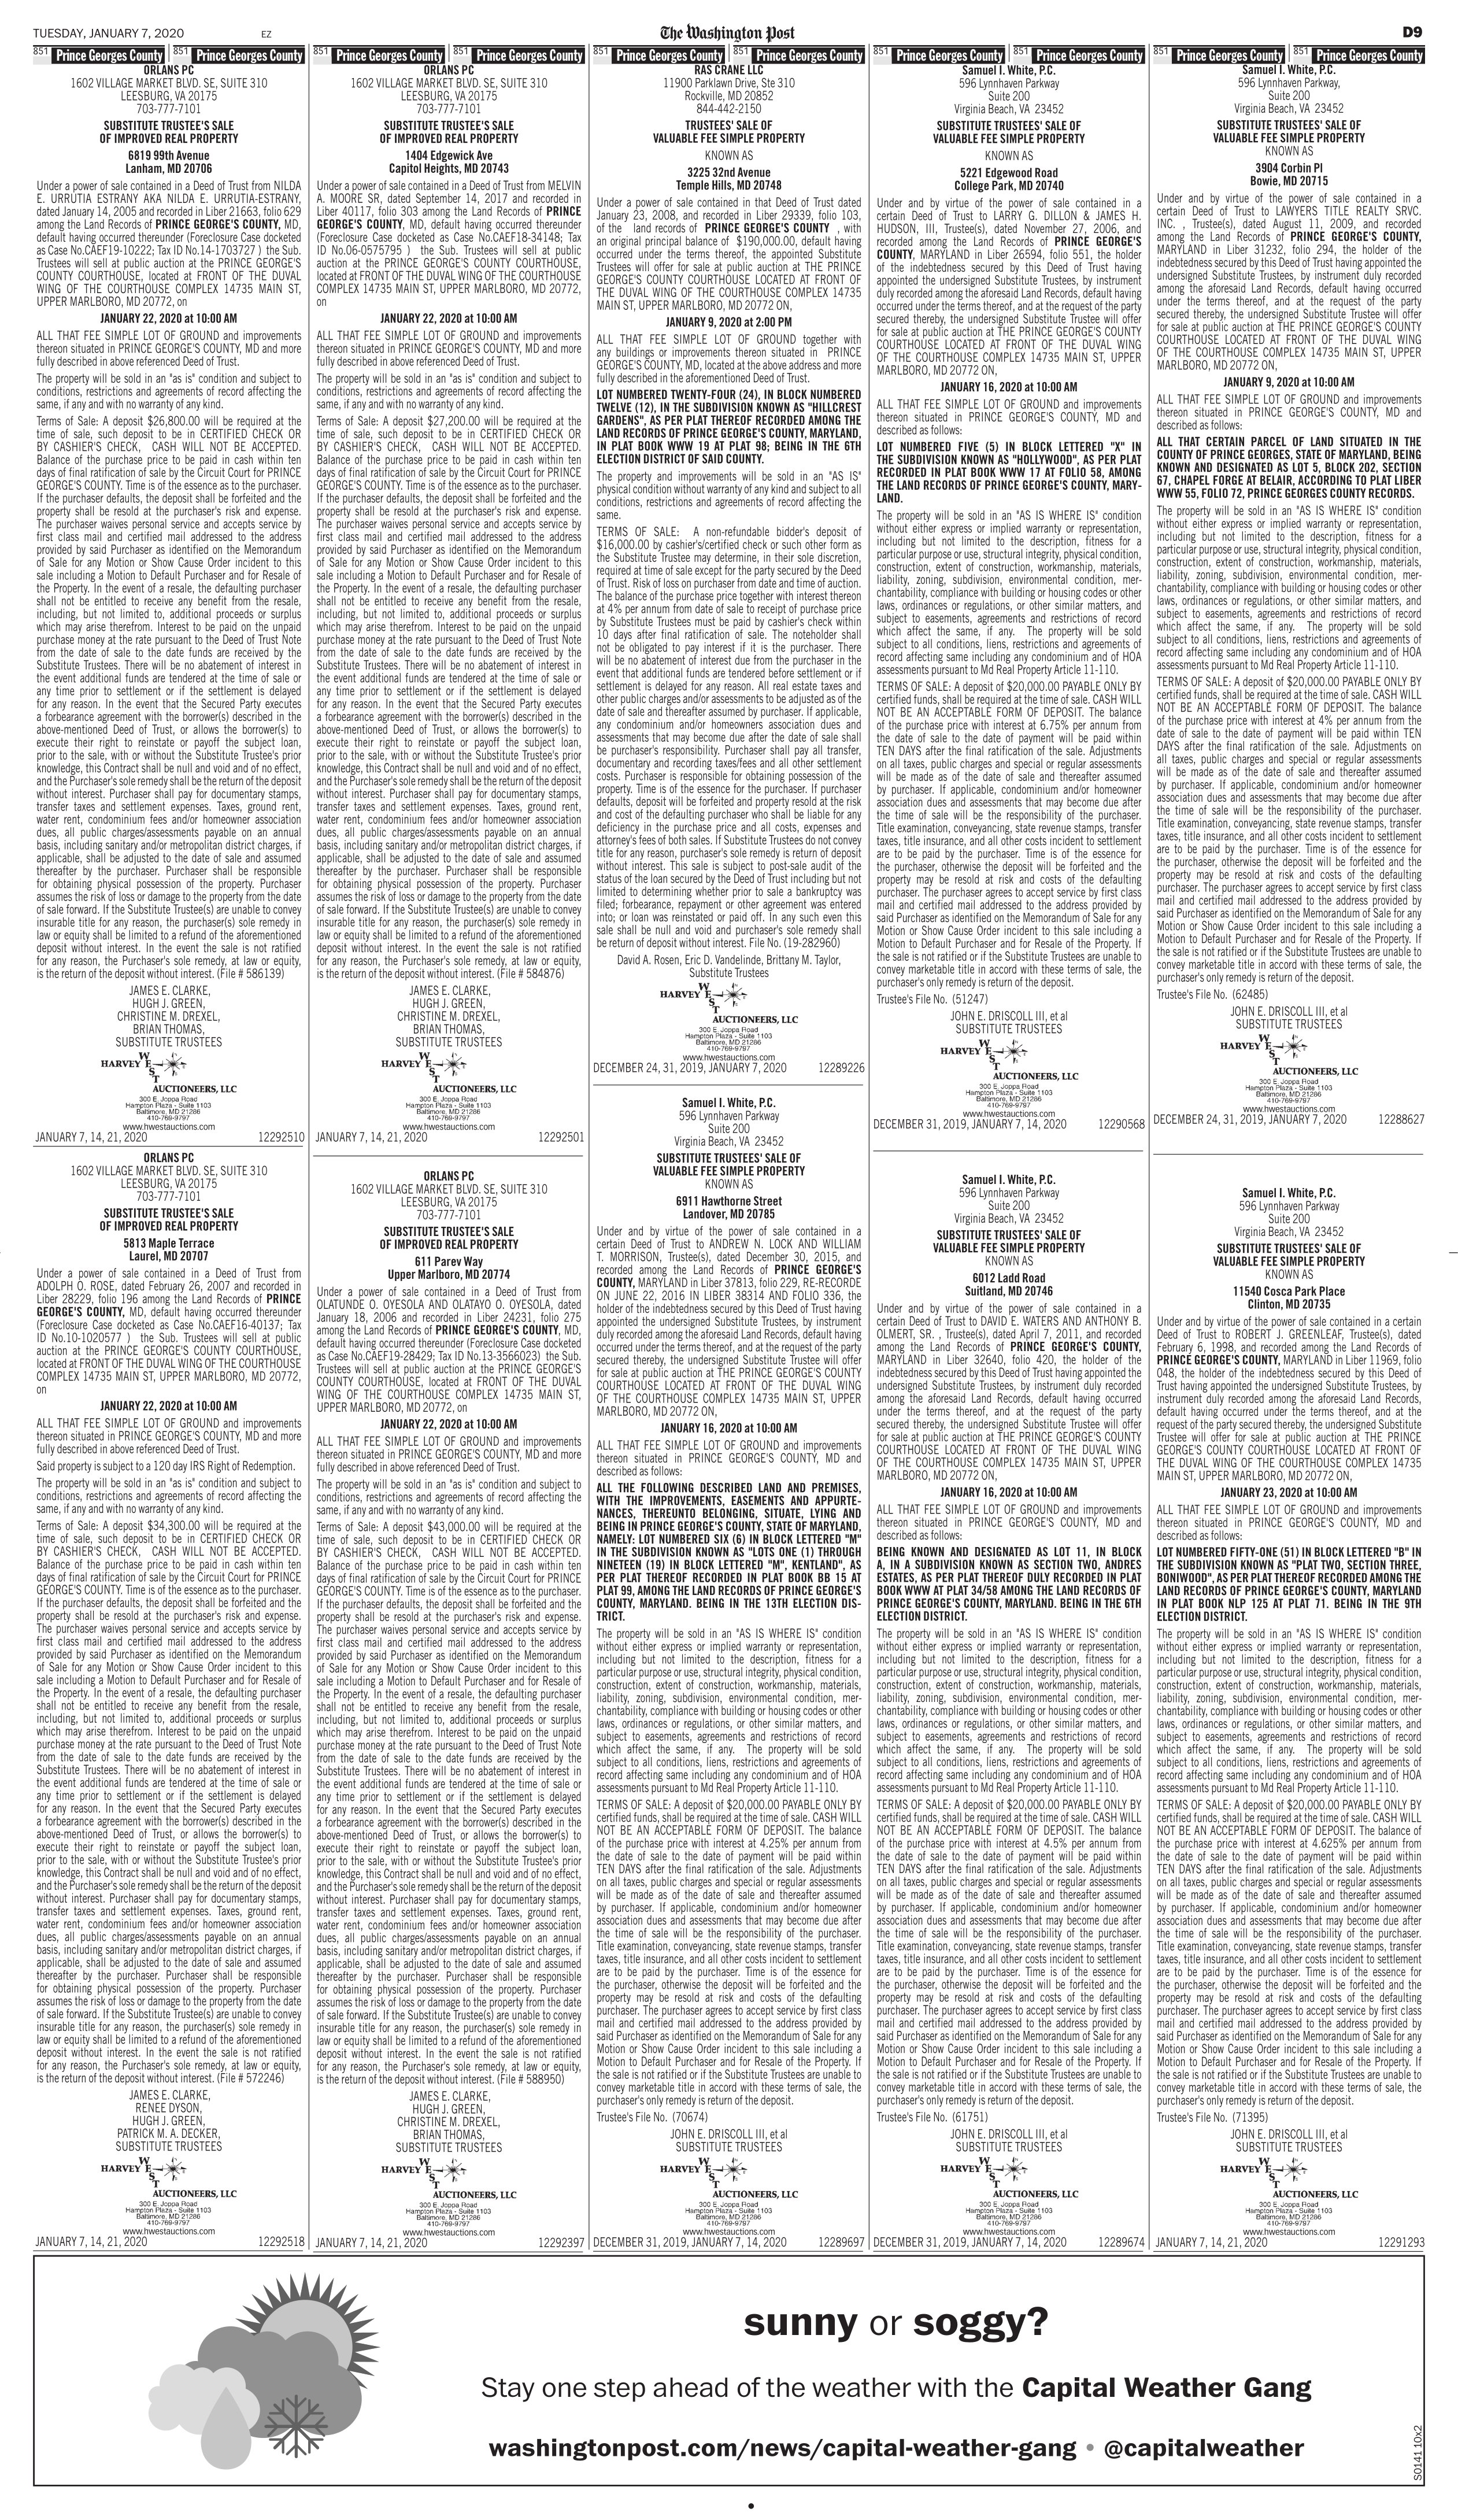
Language: en